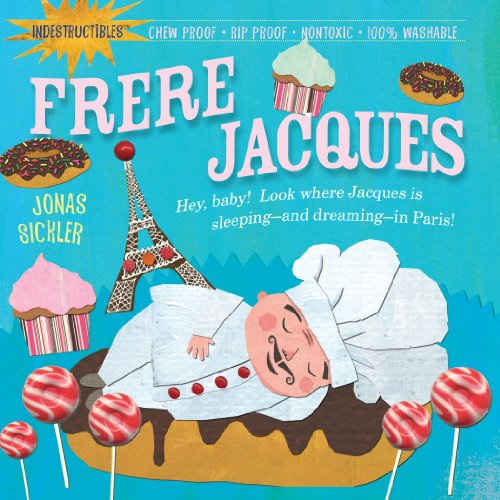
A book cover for Indestructibles: Frere Jacques; Jonas Sickler; Children's Books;